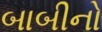
બાબીનો